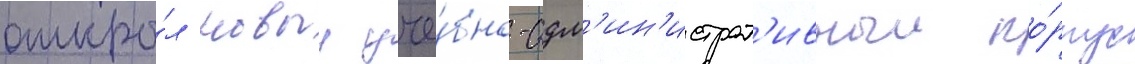
откры́л новыи уче́бно-адм'ин'истрат'ивныи ко́рпус